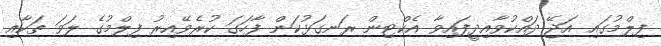
ފިލްމުގައި އަޖޭ ދައްކުވާއިދީފައިވާ އެކްޓިން ރަނގަޅުކަން ފާހަގަ ކުރެވޭއިރު ފިލްމުގެ ލަވަ ތަކާއި